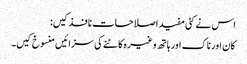
اس نے کئی مفید اصلاحات نافذ کیں:
کان اور ناک اور ہاتھ وغیرہ کاٹنے کی سزائیں منسوخ کیں۔